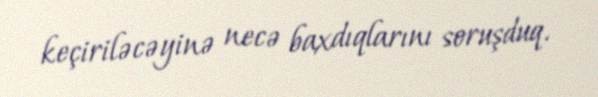
keçiriləcəyinə necə baxdıqlarını soruşduq.